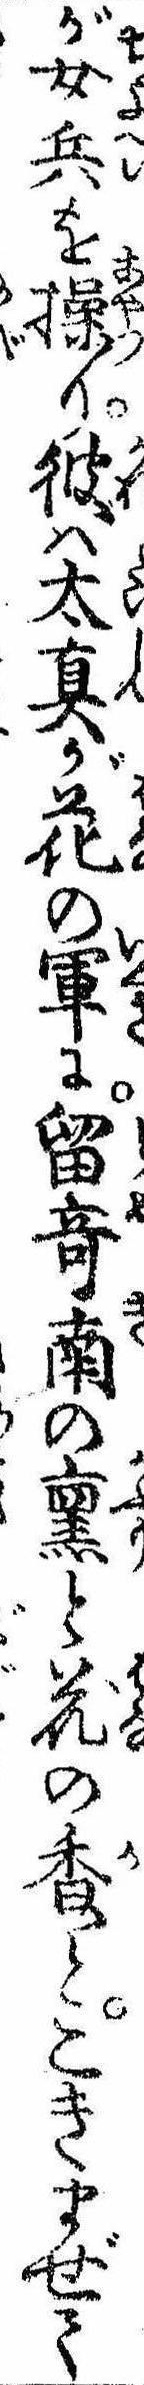
が女兵を操り彼は太真が花の軍に留奇南の薫と花の香とこきまぜて